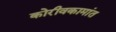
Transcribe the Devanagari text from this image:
कोरीवकामांत